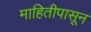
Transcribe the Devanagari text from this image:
माहितीपासून